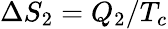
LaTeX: \Delta S_{2}=Q_{2}/T_{c}